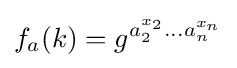
f_{a}(k)=g^{a_{2}^{x_{2}}...a_{n}^{x_{n}}}